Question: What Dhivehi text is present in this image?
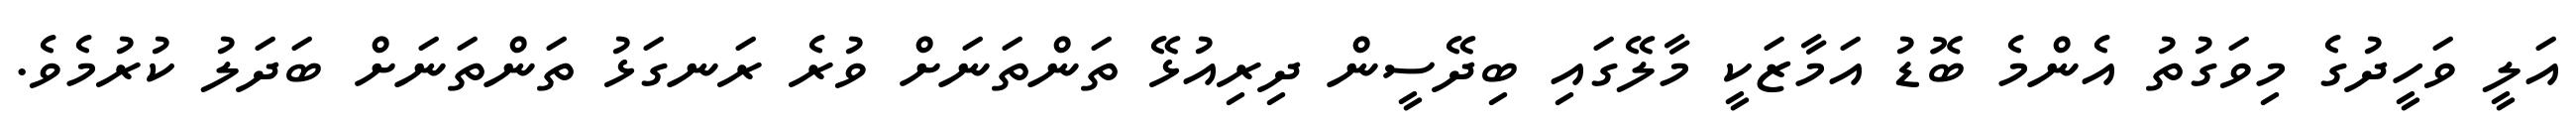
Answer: އަލީ ވަހީދުގެ މިވަގުތު އެންމެ ބޮޑު އަމާޒަކީ މާލޭގައި ބިދޭސީން ދިރިއުޅޭ ތަންތަނަށް ވުރެ ރަނގަޅު ތަންތަނަށް ބަދަލު ކުރުމެވެ.